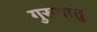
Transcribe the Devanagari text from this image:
गुरुमातु